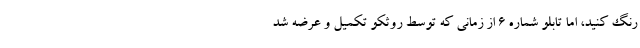
رنگ کنید، اما تابلو شماره ۶ از زمانی که توسط روٍثکو تکمیل و عرضه شد